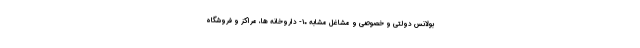
بولانس دولتی و خصوصی و مشاغل مشابه ۱۰- داروخانه ها، مراکز و فروشگاه